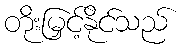
တိုးမြှင့်နိုင်သည်